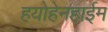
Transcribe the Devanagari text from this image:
हयोहेनहाईम